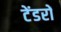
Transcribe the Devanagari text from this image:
टेंडरों